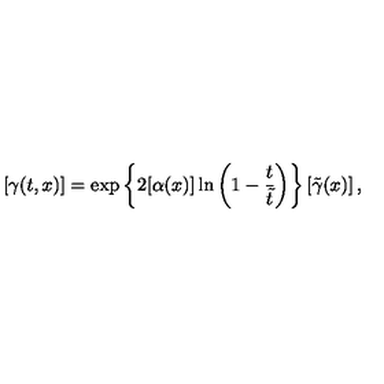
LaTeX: \left[ \gamma ( t , x ) \right] = \exp \left\{ 2 [ \alpha ( x ) ] \ln \left( 1 - \frac { t } { \tilde { t } } \right) \right\} \left[ \tilde { \gamma } ( x ) \right] ,